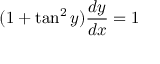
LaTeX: ( 1 + \tan ^ { 2 } y ) { \frac { d y } { d x } } = 1